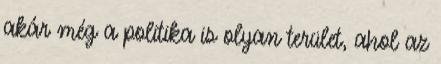
akár még a politika is olyan terület, ahol az